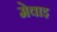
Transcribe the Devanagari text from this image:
मेवाइ